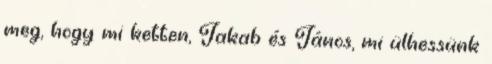
meg, hogy mi ketten, Jakab és János, mi ülhessünk